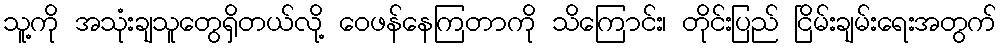
သူ့ကို အသုံးချသူတွေရှိတယ်လို့ ဝေဖန်နေကြတာကို သိကြောင်း၊ တိုင်းပြည် ငြိမ်းချမ်းရေးအတွက်